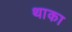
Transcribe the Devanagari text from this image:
थाका